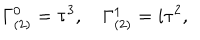
\Gamma _ { ( 2 ) } ^ { 0 } = \tau ^ { 3 } , \quad \Gamma _ { ( 2 ) } ^ { 1 } = i \tau ^ { 2 } ,